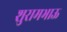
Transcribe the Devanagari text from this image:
शुरामभाऊ